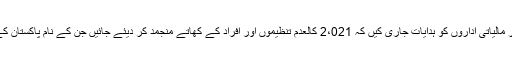
سٹیٹ بینک آف پاکستان (ایس بی پی) نے 8 ستمبر کو تمام بینکوں اور مالیاتی اداروں کو ہدایات جاری کیں کہ 2،021 کالعدم تنظیموں اور افراد کے کھاتے منجمد کر دیئے جائیں جن کے نام پاکستان کے انسدادِ دہشت گردی ایکٹ 1997 کے چوتھے شیڈول میں درج ہیں۔